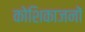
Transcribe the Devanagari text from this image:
कोशिकाजनों